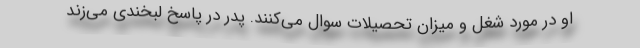
او در مورد شغل و میزان تحصیلات سوال می‌کنند. پدر در پاسخ لبخندی می‌زند